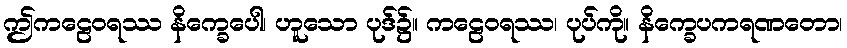
ဤကဠေဝရဿ နိက္ခေပေါ၊ ဟူသော ပုဒ်၌။ ကဠေဝရဿ၊ ပုပ်ကို။ နိက္ခေပကရဏတော၊